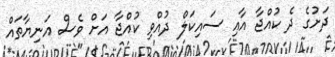
ދަށުގެ ދެ ކުއްޖާ އާއި ސައިކަލް ދުއްވި ކުއްޖާ އަށް ވެސް އަނިޔާތައް